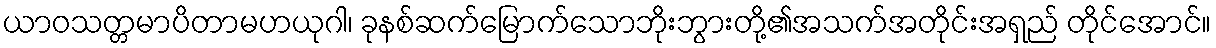
ယာဝသတ္တမာပိတာမဟယုဂါ၊ ခုနစ်ဆက်မြောက်သောဘိုးဘွားတို့၏အသက်အတိုင်းအရှည် တိုင်အောင်။